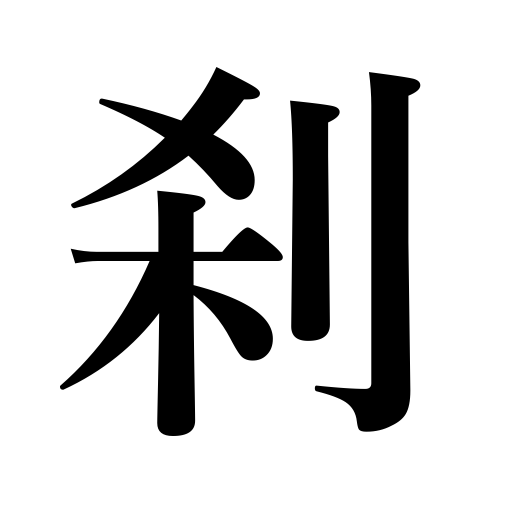
Meanings: temple